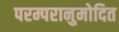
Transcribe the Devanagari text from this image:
परम्परानुमोदित